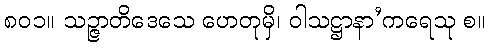
၈၀၁။ သဉ္ဇာတိဒေသေ ဟေတုမှိ၊ ဝါသဋ္ဌာနာ’ကရေသု စ။